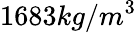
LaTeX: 1683kg/m^{3}